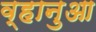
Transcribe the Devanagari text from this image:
व्हानुआ